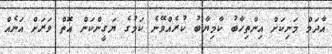
އާދަމް މަނިކަށް އިންތިހާބު ކާމިޔާބު ކުރެއްވޭނެ ކަމުގެ ޔަގީންކަން އޮތް ވަރަށް އަނެއް